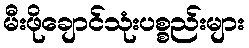
မီးဖိုချောင်သုံးပစ္စည်းများ